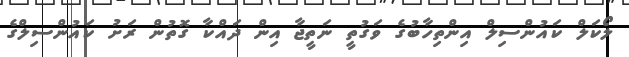
ލޯކަލް ކައުންސިލް އިންތިހާބުގެ ވަގުތީ ނަތީޖާ އިން ދައްކާ ގޮތުން ރަށު ކައުންސިލްގެ